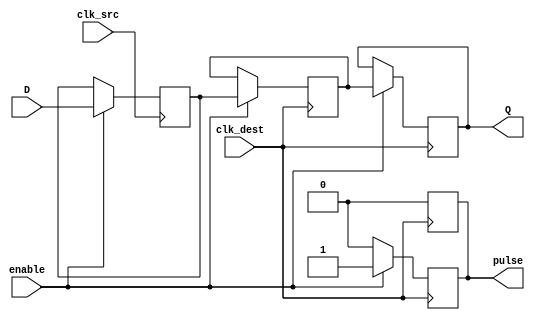
module pulsed_synchronizer #(
    parameter WIDTH = 1 // Width of the data signal
)(
    input wire [WIDTH-1:0] D,          // Data input from the source clock domain
    input wire clk_src,                 // Clock input of the source domain
    input wire clk_dest,                // Clock input of the destination domain
    input wire enable,                  // Optional enable signal
    output reg [WIDTH-1:0] Q,           // Synchronized output in the destination clock domain
    output reg pulse                    // Pulsed control signal indicating valid data
);

    // Internal signals for double flop synchronization
    reg [WIDTH-1:0] D_sync1;            // First stage of synchronization
    reg [WIDTH-1:0] D_sync2;            // Second stage of synchronization

    // First flip-flop: Sample data on the source clock
    always @(posedge clk_src) begin
        if (enable) begin
            D_sync1 <= D;               // Capture incoming data
        end
    end

    // Second flip-flop: Sample synchronized data on the destination clock
    always @(posedge clk_dest) begin
        if (enable) begin
            D_sync2 <= D_sync1;         // Capture the output of the first flip-flop
            Q <= D_sync2;               // Update the synchronized output
            pulse <= 1'b1;              // Generate a pulse indicating valid data
        end else begin
            pulse <= 1'b0;               // Deassert pulse when not enabled
        end
    end

    // Pulse generation logic: Create a short pulse
    always @(posedge clk_dest) begin
        if (pulse) begin
            pulse <= 1'b0;               // Deassert pulse after one clock cycle
        end
    end

endmodule